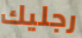
رجليك